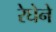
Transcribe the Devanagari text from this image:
रेघेने